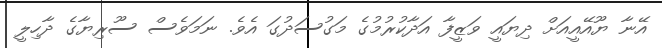
އޭނާ ޔޫއޭއީއަށް ދިޔައީ ވަޒީފާ އަދާކުރުމުގެ މަގުސަދުގަ އެވެ. ނަމަވެސް ސޫރިޔާގެ ދާހިލީ